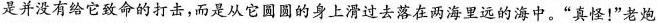
是并没有给它致命的打击，而是从它圆圆的身上滑过去落在两海里远的海中。”真怪！”老炮